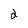
Character: 2